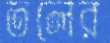
তলের